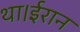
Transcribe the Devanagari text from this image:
था।ईरान